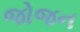
જોજન